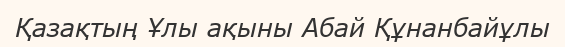
Қазақтың Ұлы ақыны Абай Құнанбайұлы